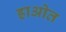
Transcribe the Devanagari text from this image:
ह्राओत